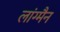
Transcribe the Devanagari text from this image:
लांग्मैन